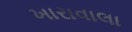
ખારાવાલા